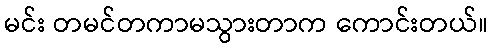
မင်း တမင်တကာမသွားတာက ကောင်းတယ်။